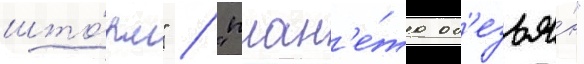
што́рм" / "план'е́та об'езья́н"